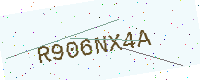
Text: R906NX4A